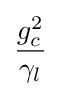
{\frac {g_{c}^{2}}{\gamma _{l}}}